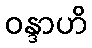
ဝန္ဒာဟိ